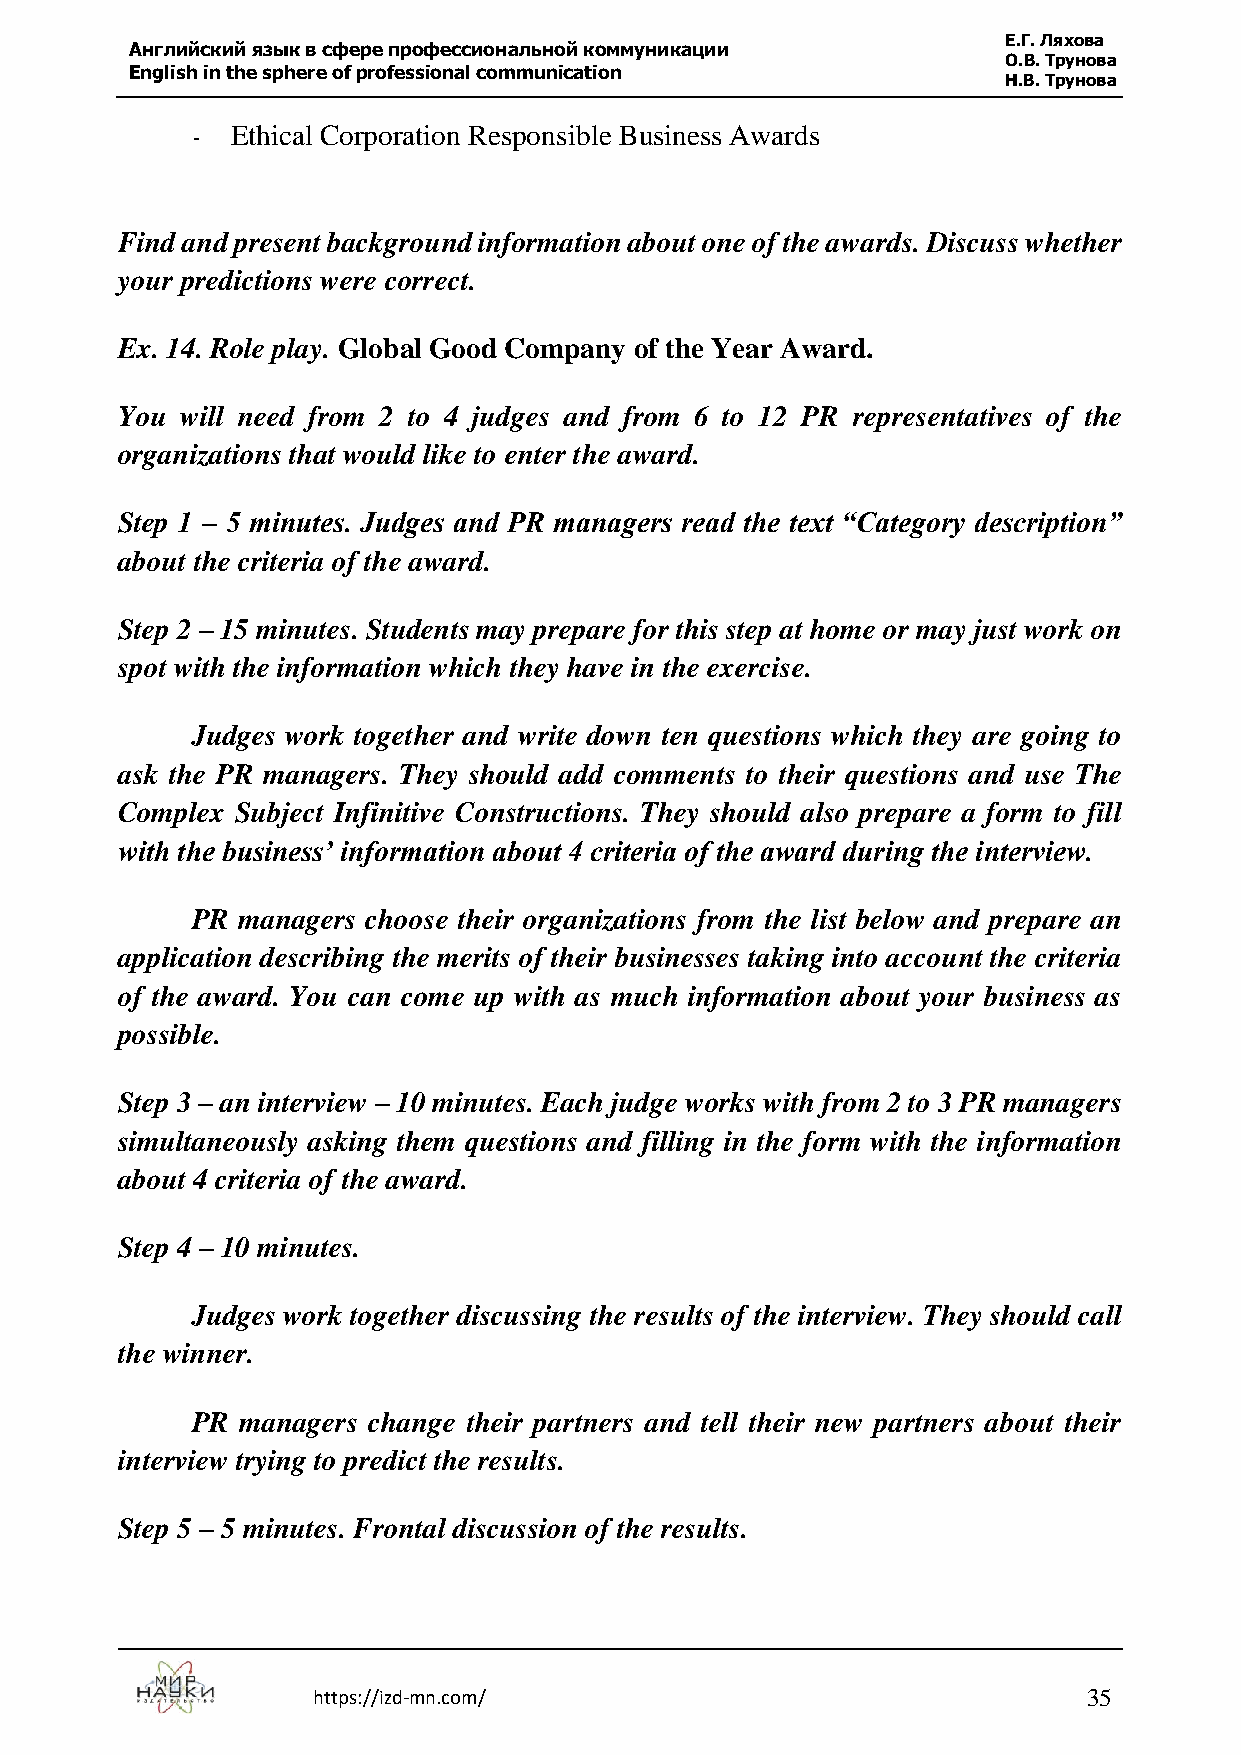
Е.Г. Ляхова
 Английский язык в сфере профессиональной коммуникации
 О.В. Трунова
 English in the sphere of professional communication
 Н.В. Трунова
 - Ethical Corporation Responsible Business Awards
 Find and present background information about one of the awards. Discuss whether
 your predictions were correct.
 Ex. 14. Role play. Global Good Company of the Year Award.
 You will need from 2 to 4 judges and from 6 to 12 PR representatives of the
 organizations that would like to enter the award.
 Step 1 – 5 minutes. Judges and PR managers read the text “Category description”
 about the criteria of the award.
 Step 2 – 15 minutes. Students may prepare for this step at home or may just work on
 spot with the information which they have in the exercise.
 Judges work together and write down ten questions which they are going to
 ask the PR managers. They should add comments to their questions and use The
 Complex Subject Infinitive Constructions. They should also prepare a form to fill
 with the business’ information about 4 criteria of the award during the interview.
 PR managers choose their organizations from the list below and prepare an
 application describing the merits of their businesses taking into account the criteria
 of the award. You can come up with as much information about your business as
 possible.
 Step 3 – an interview – 10 minutes. Each judge works with from 2 to 3 PR managers
 simultaneously asking them questions and filling in the form with the information
 about 4 criteria of the award.
 Step 4 – 10 minutes.
 Judges work together discussing the results of the interview. They should call
 the winner.
 PR managers change their partners and tell their new partners about their
 interview trying to predict the results.
 Step 5 – 5 minutes. Frontal discussion of the results.
 https://izd-mn.com/                                35